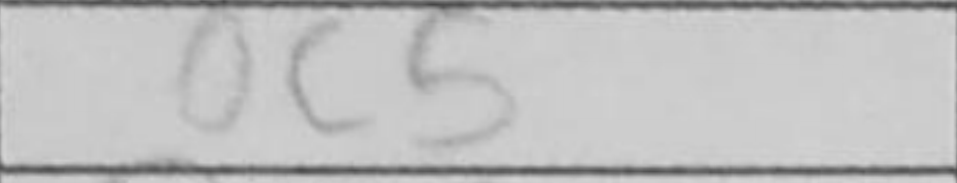
Transcription: c5